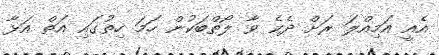
އެއީ އަމިއްލަ ރަށް ދެކެ ވާ ލޯތްބަކުން ހަމަ ހިތުގައި އަތް އަޅާ